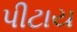
પીટાય